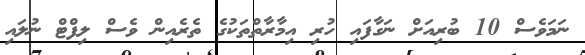
ނަމަވެސް 10 ބުރިއަށް ނަގާފައި ހުރި އިމާރާތްތަކުގެ ތެރެއިން ވެސް ލިފްޓް ނުލައި